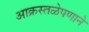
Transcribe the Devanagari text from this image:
आक्रस्तळेपणाने